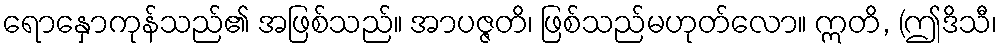
ရောနှောကုန်သည်၏ အဖြစ်သည်။ အာပဇ္ဇတိ၊ ဖြစ်သည်မဟုတ်လော။ ဣတိ, (ဤဒိသီ၊